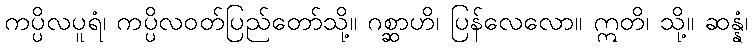
ကပ္ပိလပူရံ၊ ကပ္ပိလဝတ်ပြည်တော်သို့။ ဂစ္ဆာဟိ၊ ပြန်လေလော။ ဣတိ၊ သို့။ ဆန္နံ၊